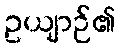
ဥယျာဉ်၏